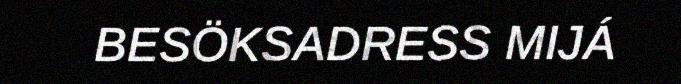
BESÖKSADRESS MIJÁ